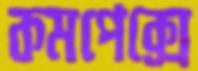
কমপেক্সে